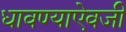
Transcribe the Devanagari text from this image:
धावण्याऐवजी